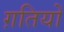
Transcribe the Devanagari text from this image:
ग़तियों